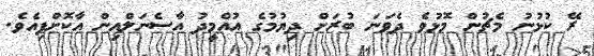
ރޭ ކުޅުނު މެޗުން މޮޅުވެ ދެވަނަ ބުރަށް ދިޔުމުގެ އުއްމީދު އާސެނަލްއިން އާކޮށްފިއެވެ.